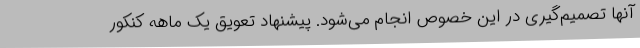
آنها تصمیم‌گیری در این خصوص انجام می‌شود. پیشنهاد تعویق یک ماهه کنکور